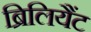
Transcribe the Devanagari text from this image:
ब्रिलियैंट